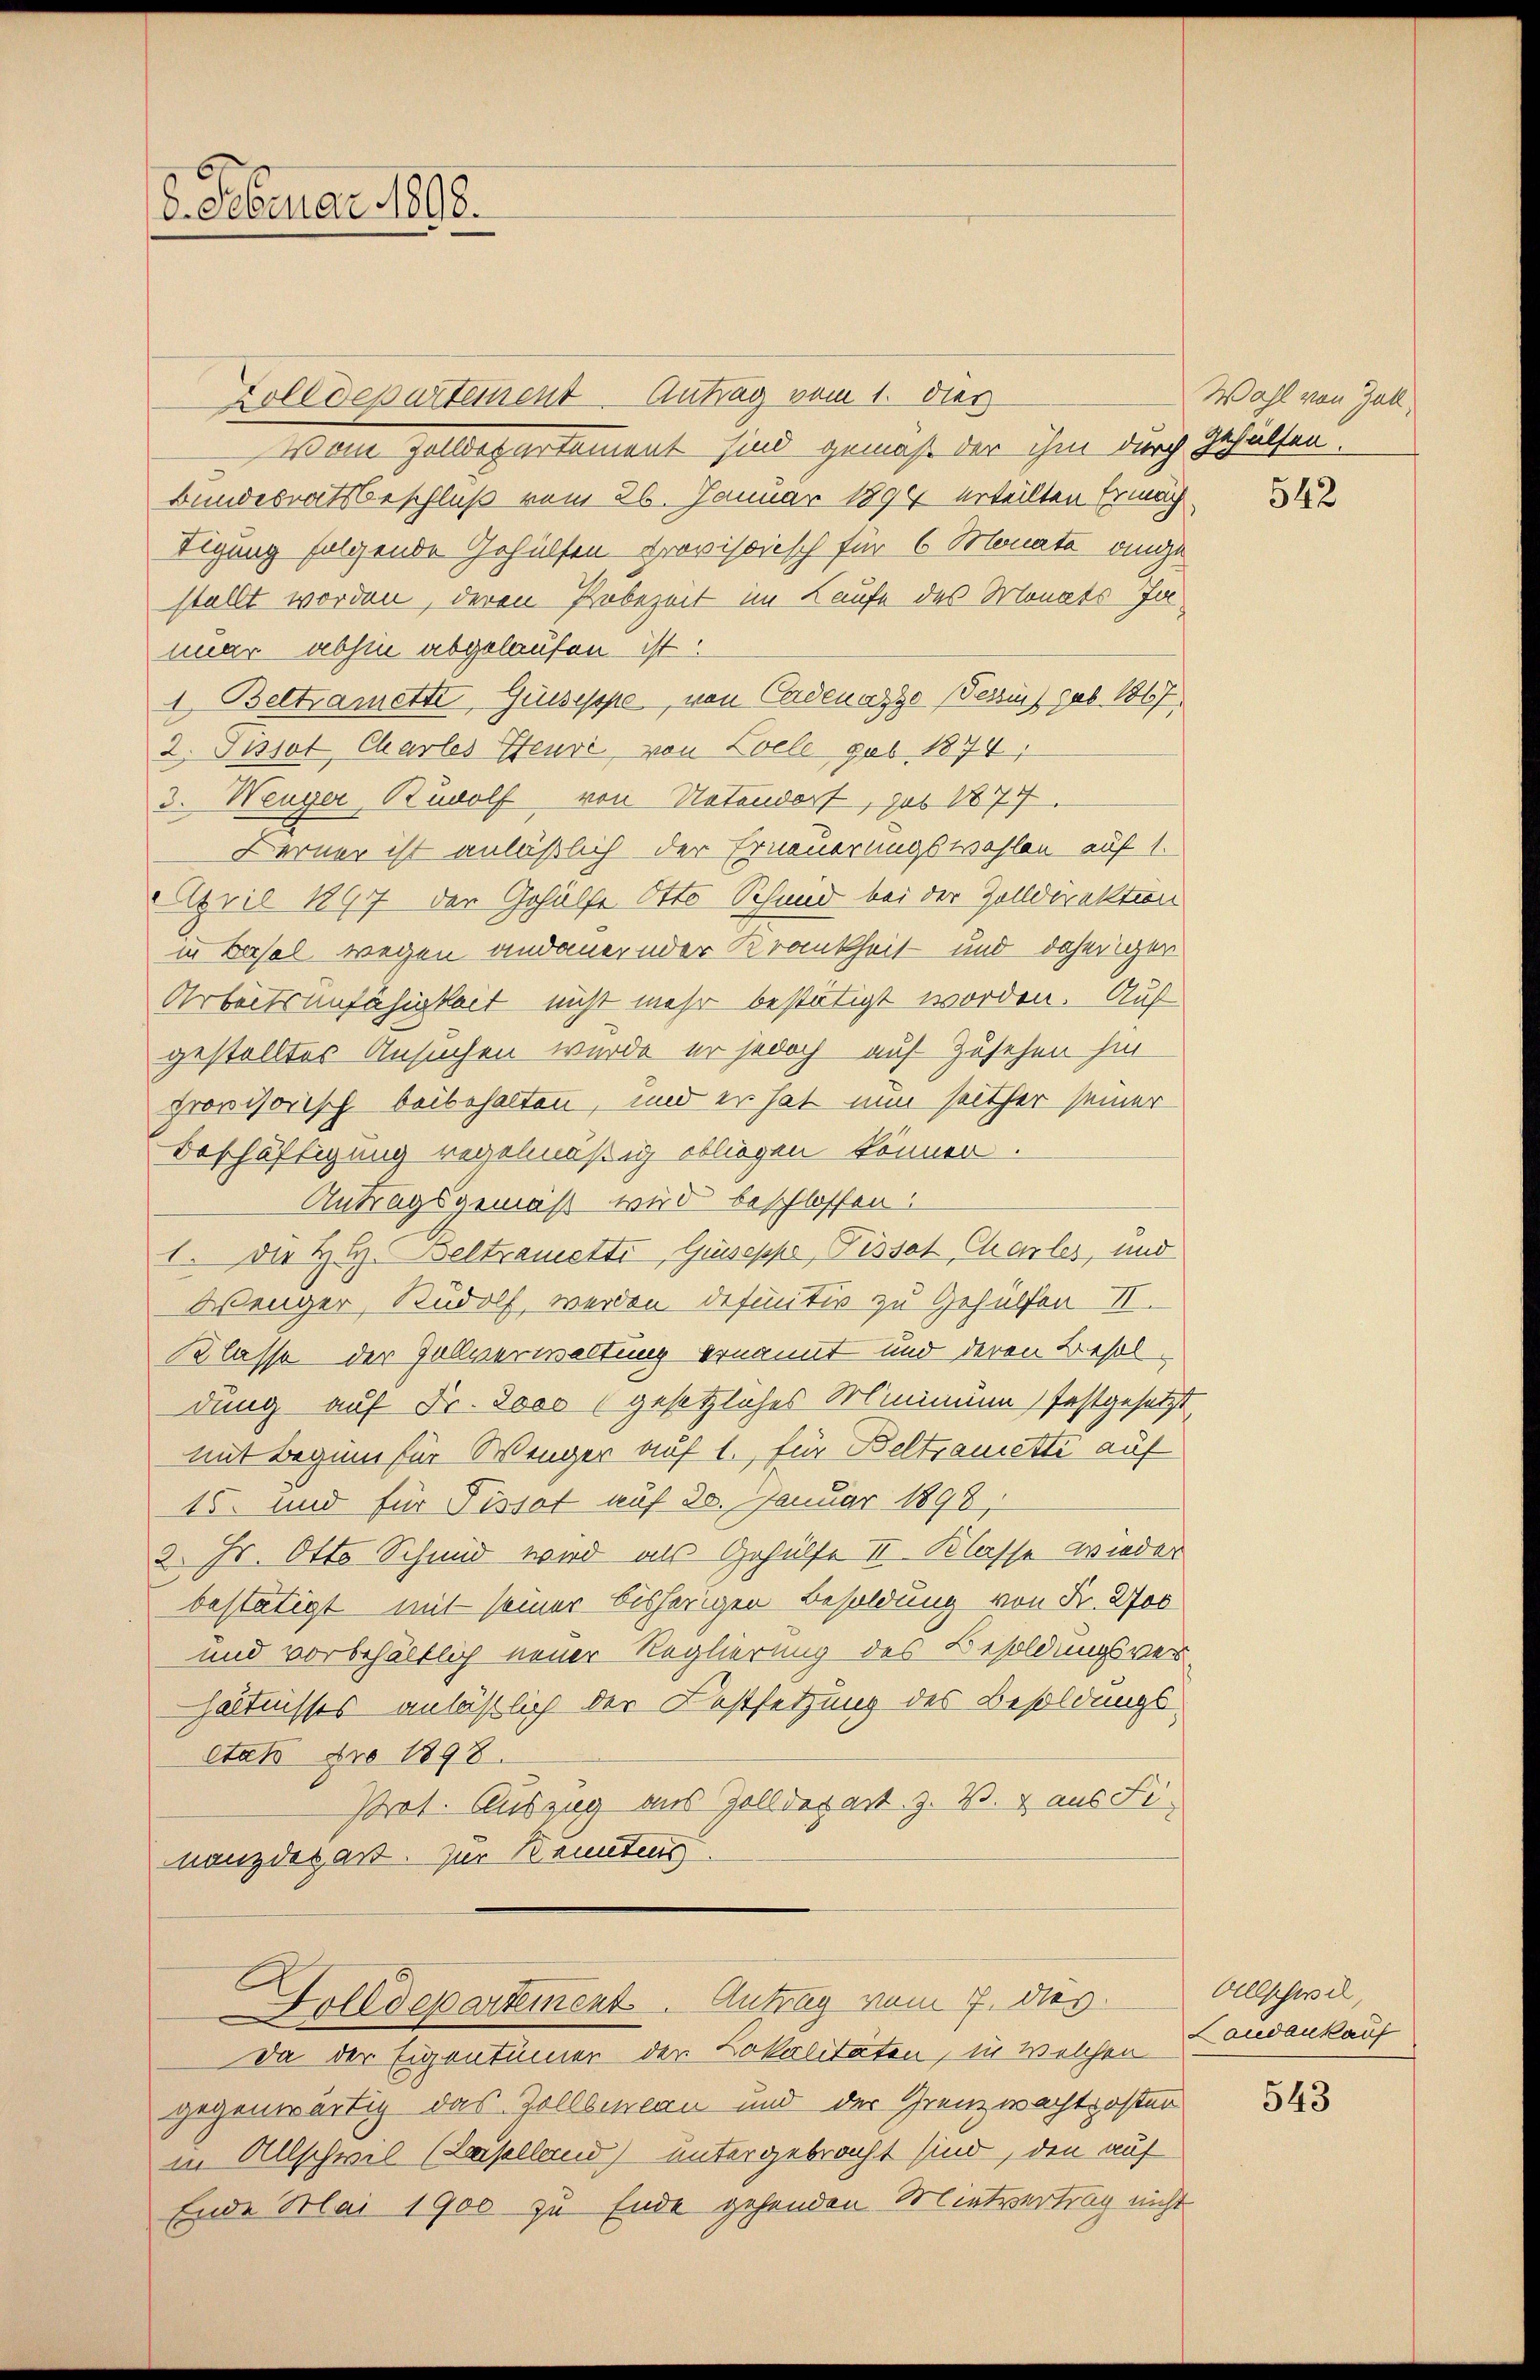
8. Februar 1898.

Zolldepartement Antrag vom 1. dies
Vom Zolldepartement sind gemäß der ihm durch Gehülfen.
Bundesratsbeschluß vom 26. Januar 1894 erteilten Ermäch¬
Tigung folgende Gehülfen provisorisch für 6 Monate angestellt worden, deren Probezeit im Laufe des Monats Jommar abhin abgelaufen ist.
1 Beltramette, Guseppe, von Cadenarze (Tessin geb. 1867.
2. Jusot Chartes Heuri, von Loele geb. 1874,
3. Wenger, Rudolf von Notendorf, sub 1877
Berner ist anläßlich der Erneuerungswahlen auf 1.
April 1897 der Gehülfe Otto Schmid bei der Zolldirektion
in Basel wegen andauernder Krankheit und daheriger
Arbeitsunfähigkeit nicht mehr bestätigt worden. Auf
gestelltes Ansuchen wurde er jedoch auf Zusehen hin
provisorisch beibehalten, und er hat nun seither seiner
Beschäftigung regelmäßig obliegen können.
Antragsgemäß wird beschlossen.
1. Die Hr. Beltrametti, Guseppe, Tissot Charles, und
Wenger, Rudolf, werden definitiv zu Gehülfen II.
Klasse der Zollverwaltung ernannt und deren Besoldung auf Fr. Joso (gesetzliches Minimum festgesetzt
mit Beginn für Wenger auf 1. für Beltsametti auf
15. und für Pissot auf 30. Januar 1898,
2. Hr. Otto Schmid wird als Gehülfe II Klasse wieder
bestätigt mit seiner bisherigen Besoldung von Fr. 2700
und vorbehältlich neuer Reglierung des Besoldungsverhältnisses anläßlich der Festsetzung des Besoldungs¬
Atah Nro 1898.
Prot. Auszug aus Zolldepart z. B. aus Finanzdepart. Zur Kenntens
Golldepartement. Antrag vom 7. dies
Da der Eigentümer der Lokalitäten, in welchen Landankauf
gegenwärtig das Zollbilan und der Grenzwachtrosten
in Allschwil (Baselland) untergebracht sind, den auf
Ende Mai 1900 zu Ende gehenden Mietvertrag nicht

Wahl von Zoll
542

Allschwil,

543